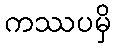
ကဿပမှိ